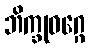
ဘိက္ခုဝဂ္ဂေ